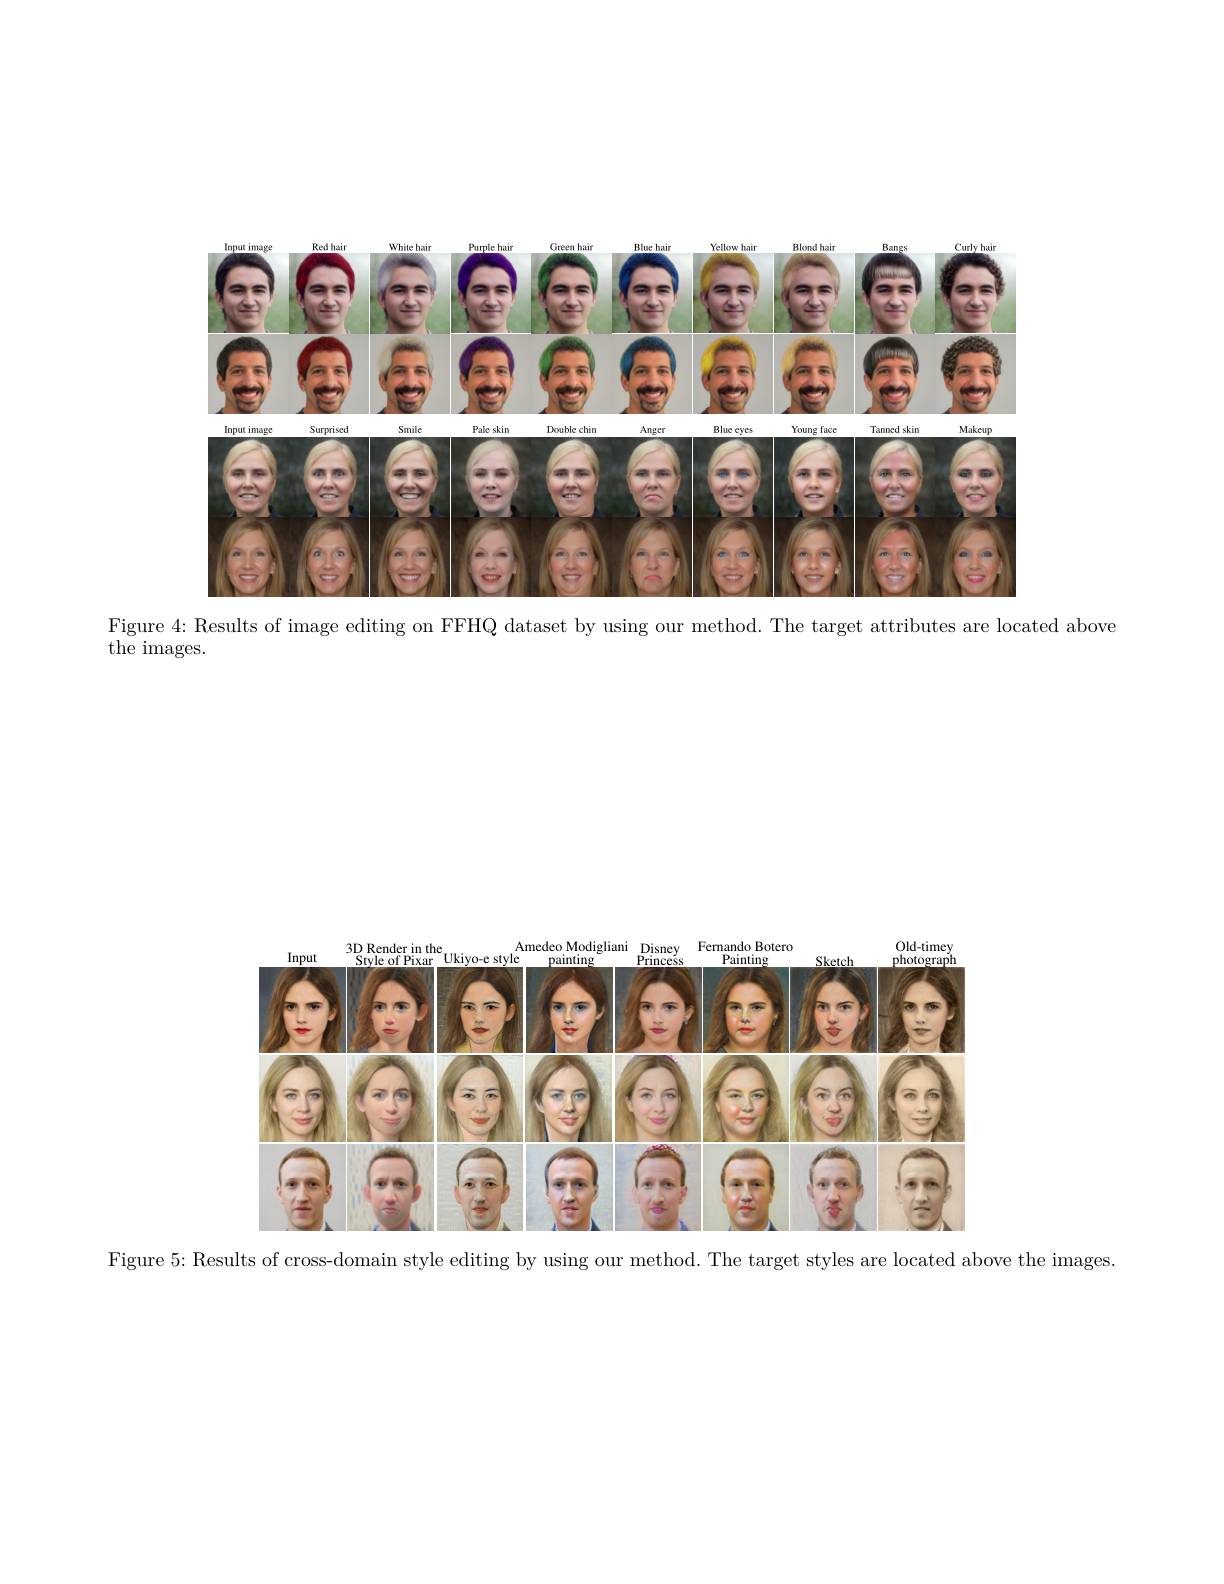
<FigureHere>

Figure 4: Results of image editing on FFHQ dataset by using our method. The target attributes are located above

the images.

<FigureHere>

Figure 5: Results of cross-domain style editing by using our method. The target styles are located above the images.